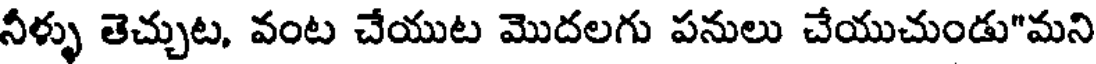
నీళ్ళు తెచ్చుట, వంట చేయుట మొదలగు పనులు చేయుచుండు"మని